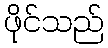
ဖိုင်သည်